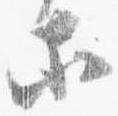
等